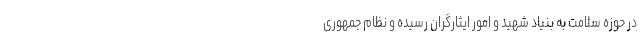
در حوزه سلامت به بنیاد شهید و امور ایثارگران رسیده و نظام جمهوری